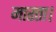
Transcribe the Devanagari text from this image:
मारता।